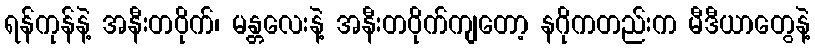
ရန်ကုန်နဲ့ အနီးတဝိုက်၊ မန္တလေးနဲ့ အနီးတဝိုက်ကျတော့ နဂိုကတည်းက မီဒီယာတွေနဲ့